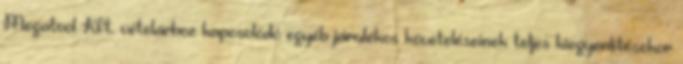
Megatool Kft. vételárhoz kapcsolódó egyéb járulékos követeléseinek teljes kiegyenlítésekor